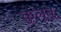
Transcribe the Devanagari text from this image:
कुलूबू